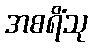
အစရိံသု